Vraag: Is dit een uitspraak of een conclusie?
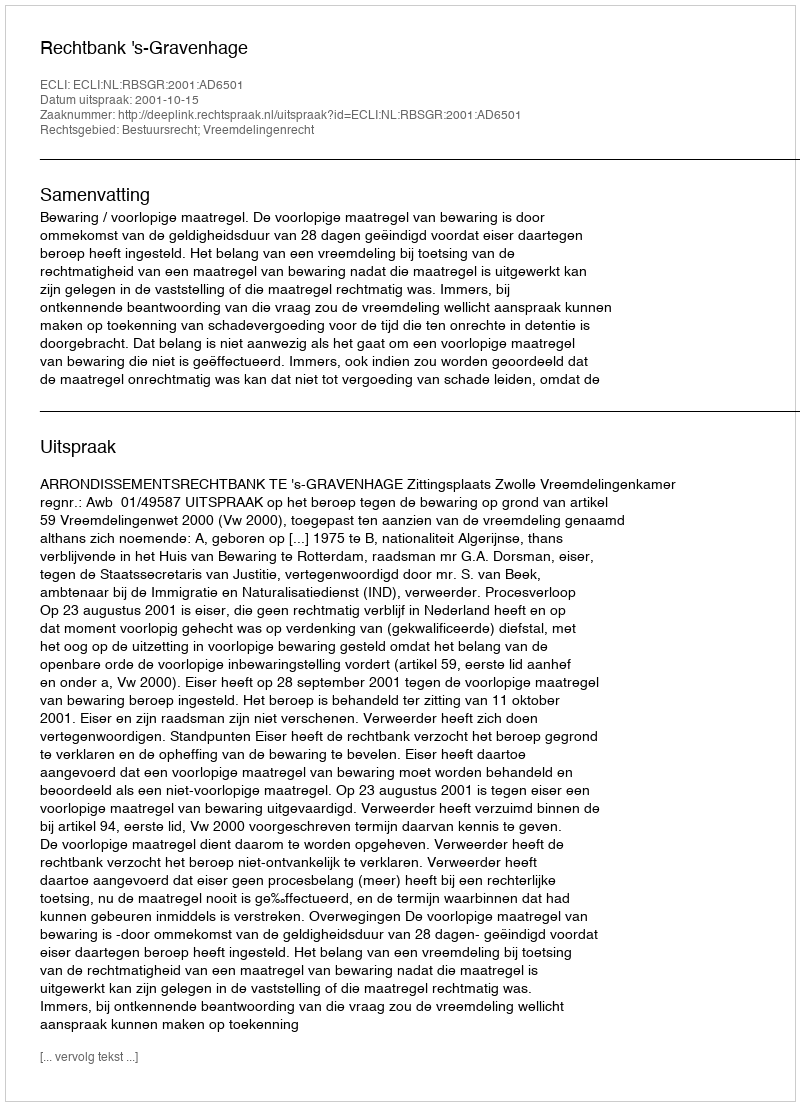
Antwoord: Uitspraak